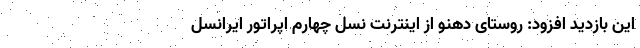
این بازدید افزود: روستای دهنو از اینترنت نسل چهارم اپراتور ایرانسل